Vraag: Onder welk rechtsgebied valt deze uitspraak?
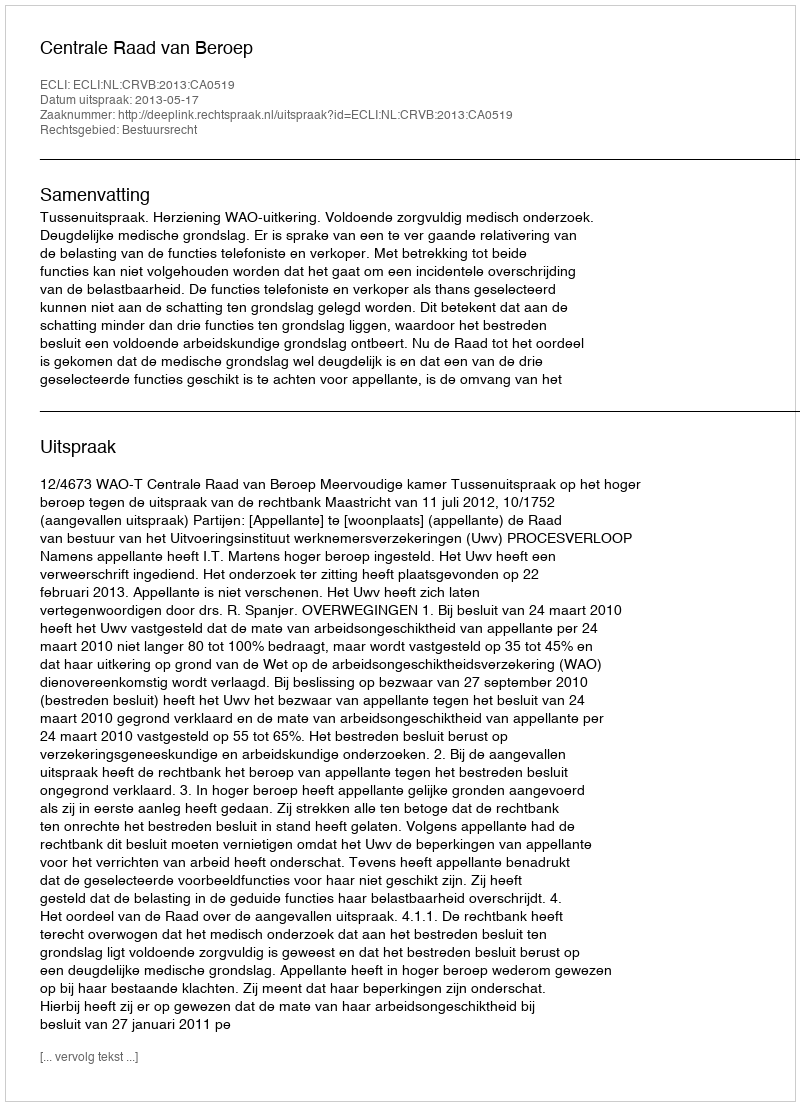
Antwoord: Bestuursrecht